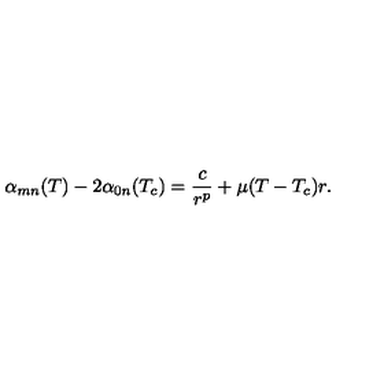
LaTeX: \alpha _ { m n } ( T ) - 2 \alpha _ { 0 n } ( T _ { c } ) = \frac { c } { r ^ { p } } + \mu ( T - T _ { c } ) r .